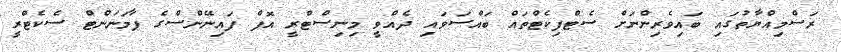
ރަސްމިއްޔާތުގައި ބައިވެރިންނަށް ސެޓްފިކެޓްތައް ބައްސަވައި ދެއްވީ މިނިސްޓްރީ އޮފް ފައިނޭންސްގެ ޕާމަނަންޓް ސެކެޓްރީ